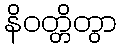
နိဝတ္တိတွာ